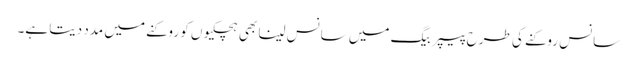
سانس روکنے کی طرح پیپر بیگ میں سانس لینا بھی ہچکیوں کو روکنے میں مدد دیتا ہے۔